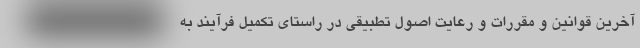
آخرین قوانین و مقررات و رعایت اصول تطبیقی در راستای تکمیل فرآیند به